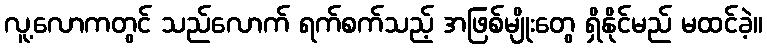
လူ့လောကတွင် သည်လောက် ရက်စက်သည့် အဖြစ်မျိုးတွေ ရှိနိုင်မည် မထင်ခဲ့။